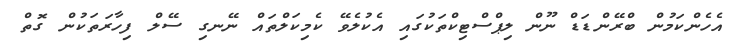
އެހެންކަމުން ބްރޭންޑަޑް ނޫން ލިޕްސްޓިކްތަކުގައި އެކުލެވޭ ކެމިކަލްތައް ނޭނގި ސޭލް ފިހާރަތަކުން ގޮތް